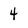
Character: 4